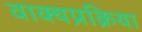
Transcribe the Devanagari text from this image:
वाक्यप्रक्रिया